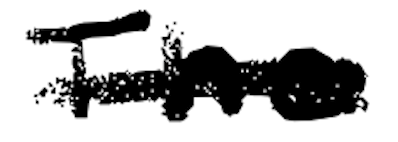
Text: The
Cross-out: single-line
Writing tool: digital_black